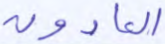
العادون